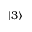
| 3 \rangle